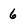
Character: 6